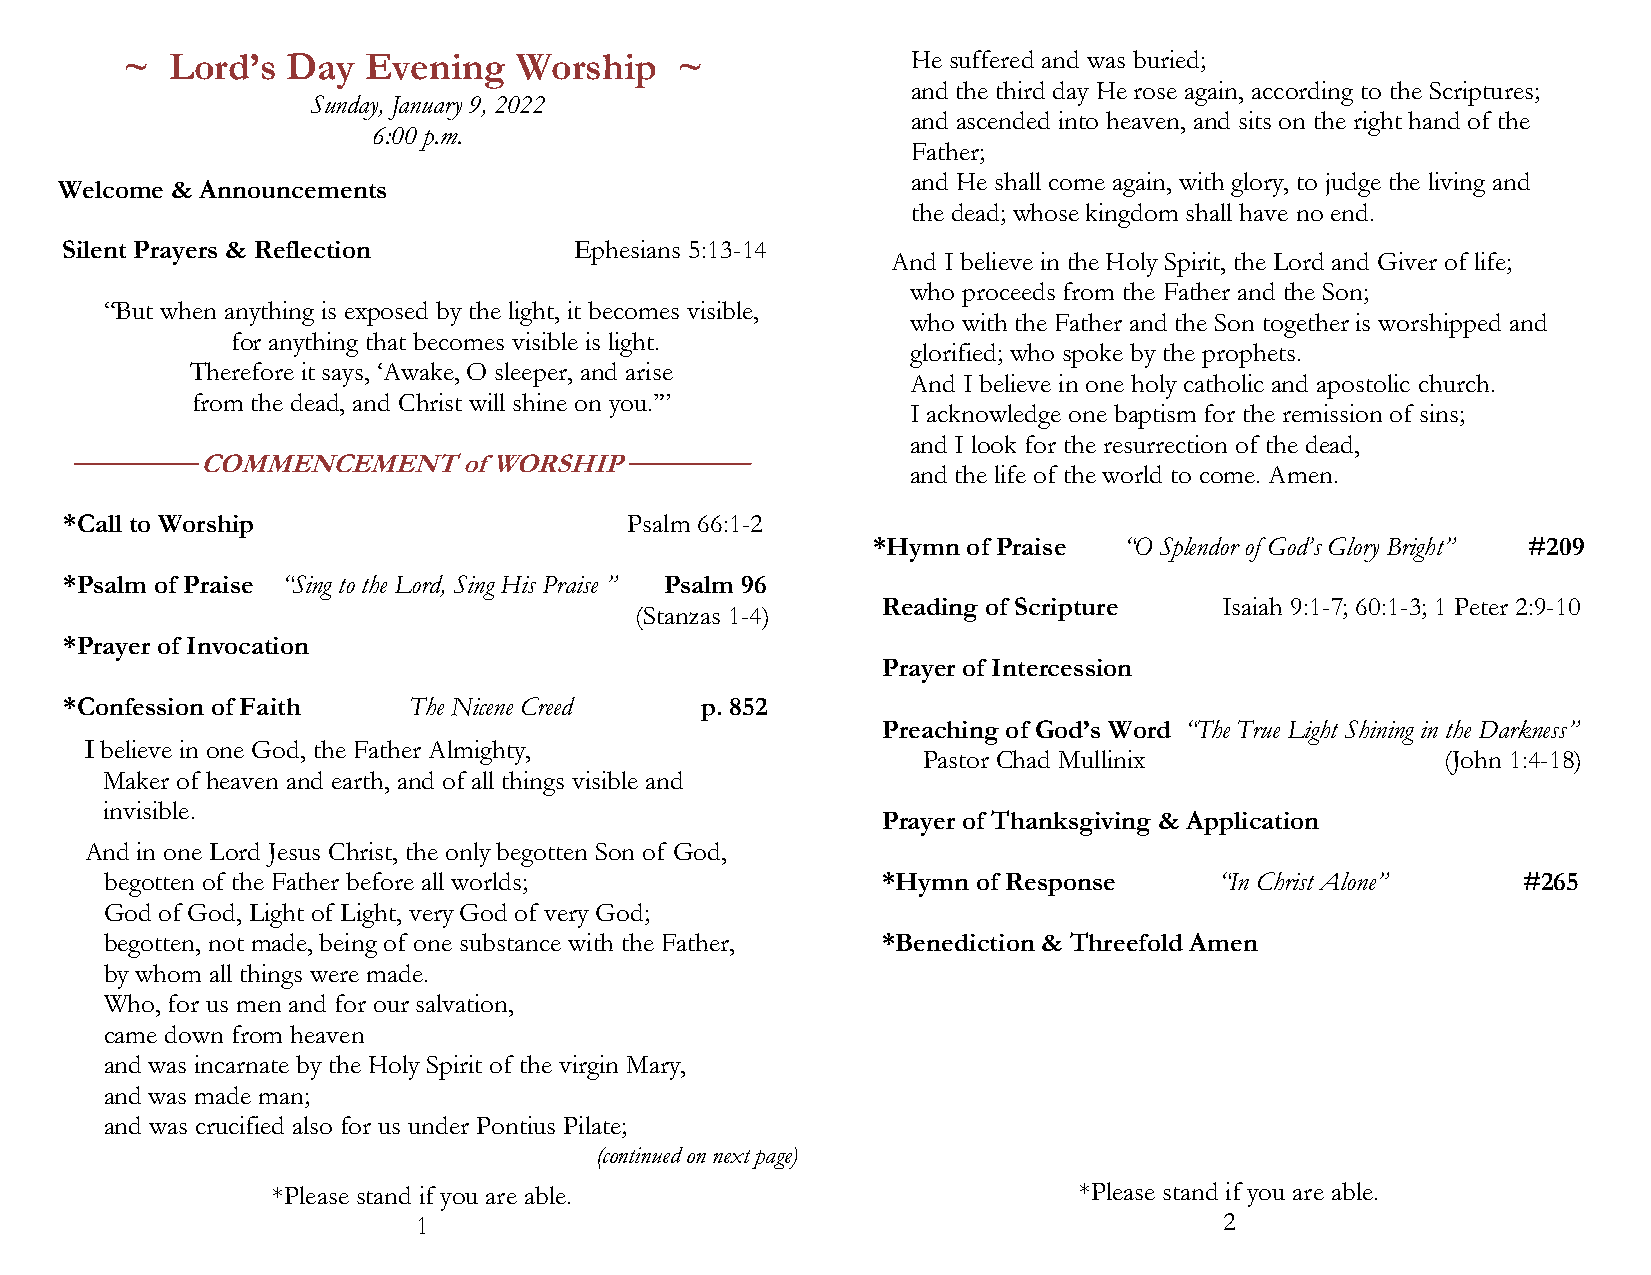
~  Lord’s  Day  Evening   Worship    ~              He suffered and was buried;
 and the third day He rose again, according to the Scriptures;
 Sunday, January 9, 2022
 and ascended into heaven, and sits on the right hand of the
 6:00 p.m.
 Father;
 and He shall come again, with glory, to judge the living and
 Welcome & Announcements
 the dead; whose kingdom shall have no end.
 Silent Prayers & Reflection       Ephesians 5:13-14
 And I believe in the Holy Spirit, the Lord and Giver of life;
 who proceeds from the Father and the Son;
 “But when anything is exposed by the light, it becomes visible,
 who with the Father and the Son together is worshipped and
 for anything that becomes visible is light.
 glorified; who spoke by the prophets.
 Therefore it says, ‘Awake, O sleeper, and arise
 And I believe in one holy catholic and apostolic church.
 from the dead, and Christ will shine on you.’”
 I acknowledge one baptism for the remission of sins;
 and I look for the resurrection of the dead,
 COMMENCEMENT     of WORSHIP
 and the life of the world to come. Amen.
 *Call to Worship                      Psalm 66:1-2
 *Hymn of Praise “O Splendor of God’s Glory Bright” #209
 *Psalm of Praise “Sing to the Lord, Sing His Praise ” Psalm 96
 Reading of Scripture   Isaiah 9:1-7; 60:1-3; 1 Peter 2:9-10
 (Stanzas 1-4)
 *Prayer of Invocation
 Prayer of Intercession
 *Confession of Faith   The Nicene Creed   p. 852
 Preaching of God’s Word “The True Light Shining in the Darkness”
 I believe in one God, the Father Almighty,
 Pastor Chad Mullinix               (John 1:4-18)
 Maker of heaven and earth, and of all things visible and
 invisible.
 Prayer of Thanksgiving & Application
 And in one Lord Jesus Christ, the only begotten Son of God,
 begotten of the Father before all worlds;          *Hymn  of Response     “In Christ Alone”   #265
 God of God, Light of Light, very God of very God;
 begotten, not made, being of one substance with the Father, *Benediction & Threefold Amen
 by whom all things were made.
 Who, for us men and for our salvation,
 came down from heaven
 and was incarnate by the Holy Spirit of the virgin Mary,
 and was made man;
 and was crucified also for us under Pontius Pilate;
 (continued on next page)
 *Please stand if you are able.                       *Please stand if you are able.
 1                                                    2